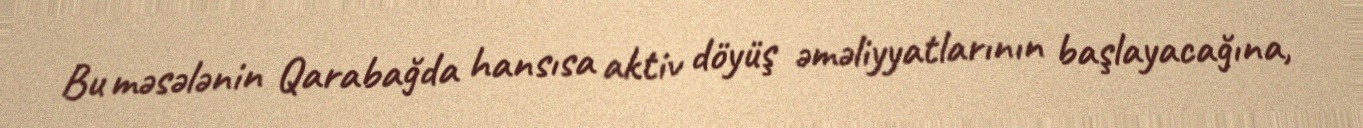
Bu məsələnin Qarabağda hansısa aktiv döyüş əməliyyatlarının başlayacağına,